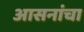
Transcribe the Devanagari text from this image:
आसनांचा